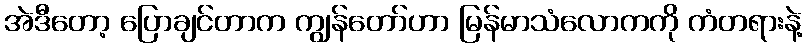
အဲဒီတော့ ပြောချင်တာက ကျွန်တော်ဟာ မြန်မာသံလောကကို ကံတရားနဲ့